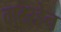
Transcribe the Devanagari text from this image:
वाटरहेन